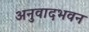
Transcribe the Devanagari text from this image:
अनुवादभवन